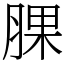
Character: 腂